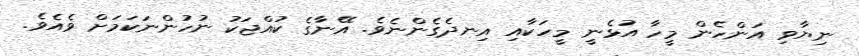
ނިޔާވި އަންހެން މީހާ އުޅެނީ މީހަކާއި އިނދެގެންނެވެ. އޭނާގެ ކުއްޖަކު ނުހުންނަކަމަށް ވެއެވެ.